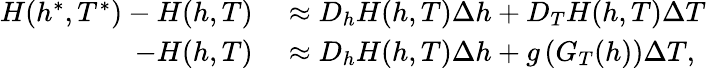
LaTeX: \begin{array}{rl}{H(h^{*},T^{*})-H(h,T)}&{{}\approx D_{h}H(h,T)\Delta h+D_{T}H(h,T)\Delta T}\\ {-H(h,T)}&{{}\approx D_{h}H(h,T)\Delta h+g\left(G_{T}(h)\right)\Delta T,}\end{array}